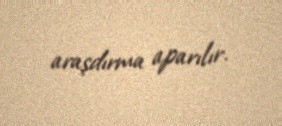
araşdırma aparılır.